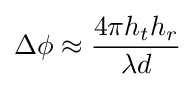
\Delta \phi \approx {\frac {4\pi h_{t}h_{r}}{\lambda d}}